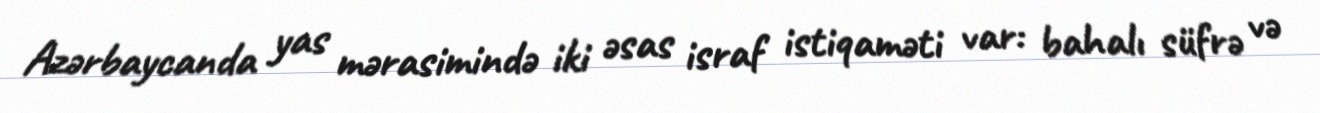
Azərbaycanda yas mərasimində iki əsas israf istiqaməti var: bahalı süfrə və